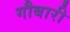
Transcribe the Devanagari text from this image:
गौबारी